Account of plague administration in the Bombay Presidency from September 1896 till May 1897
Year: 1896
Disease focus: Plague
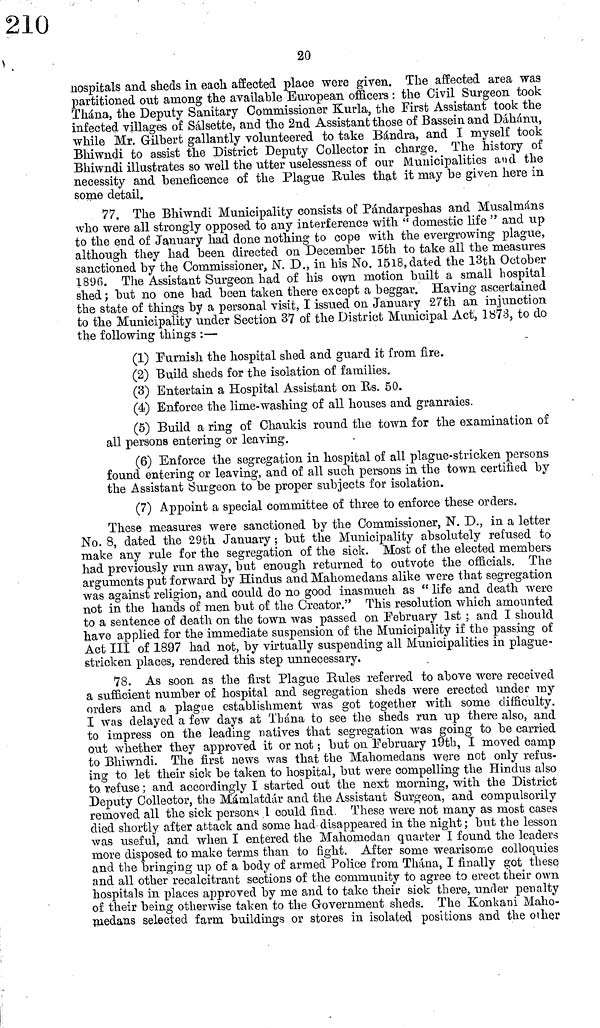
20
hospitals and sheds in each affected place were given. The affected area was
partitioned out among the available European officers : the Civil Surgeon took
Thána, the Deputy Sanitary Commissioner Kurla, the First Assistant took the
infected villages of Sálsette, and the 2nd Assistant those of Bassein and Dáhánu,
while Mr. Gilbert gallantly volunteered to take Bándra, and I myself took
Bhiwndi to assist the District Deputy Collector in charge. The history of
Bhiwndi illustrates so well the utter uselessness of our Municipalities and the
necessity and beneficence of the Plague Rules that it may be given here in
some detail.
77. The Bhiwndi Municipality consists of Pándarpeshas and Musalmáns
who were all strongly opposed to any interference with " domestic life " and up
to the end of January had done nothing to cope with the evergrowing plague,
although they had been directed on December 15th to take all the measures
sanctioned by the Commissioner, N. D., in his No. 1518, dated the 13th October
1896. The Assistant Surgeon had of his own motion built a small hospital
shed ; but no one had been taken there except a beggar. Having ascertained
the state of things by a personal visit, I issued on January 27th an injunction
to the Municipality under Section 37 of the District Municipal Act, 1873, to do
the following things :—
(1) Furnish the hospital shed and guard it from fire.
(2) Build sheds for the isolation of families.
(3) Entertain a Hospital Assistant on Us. 50.
(4) Enforce the lime-washing of all houses and granraies.
(5) Build a ring of Chaukis round the town for the examination of
all persons entering or leaving.
(6) Enforce the segregation in hospital of all plague-stricken persons
found entering or leaving, and of all such persons in the town certified by
the Assistant Surgeon to be proper subjects for isolation.
(7) Appoint a special committee of three to enforce these orders.
These measures were sanctioned by the Commissioner, N. D., in a letter
No. 8, dated the 29th January ; but the Municipality absolutely refused to
make any rule for the segregation of the sick. Most of the elected members
had previously run away, but enough returned to outvote the officials. The
arguments put forward by Hindus and Mahomedans alike were that segregation
was against religion, and could do no good inasmuch as " life and death were
not in the hands of men but of the Creator." This resolution which amounted
to a sentence of death on the town was passed on. February 1st ; and I should
have applied for the immediate suspension of the Municipality if the passing of
Act III of 1897 had not, by virtually suspending all Municipalities in plague-
stricken places, rendered this step unnecessary.
78. As soon as the first Plague Rules referred to above were received
a sufiicient number of hospital and segregation sheds were erected under my
orders and a plague establishment was got together with some difficulty.
I was delayed a few days at Thána to see the sheds run up there also, and
to impress on the leading natives that segregation was going to be carried
out whether they approved it or not ; but on February 19th, I moved camp
to Bhiwndi. The first news was that the Mahomedans were not only refus-
ing to let their sick be taken to hospital, but were compelling the Hindus also
to refuse ; and accordingly I started out the next morning, with the District
Deputy Collector, the Mámlatdár and the Assistant Surgeon, and compulsorily
removed all the sick persons I could find. These were not many as most cases
died shortly after attack and some had disappeared in the night ; but the lesson
was useful, and when I entered the Mahomedan quarter I found the leaders
more disposed to make terms than to fight. After some wearisome colloquies
and the bringing up of a body of armed Police from Thána, I finally got these
and all other recalcitrant sections of the community to agree to erect their own
hospitals in places approved by me and to take their sick there, under penalty
of their being otherwise taken to the Government sheds. The Konkani Maho-
medans selected farm buildings or stores in isolated positions and the other